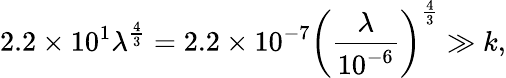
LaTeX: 2.2\times 10^{1}\lambda^{\frac{4}{3}}=2.2\times 10^{-7}\left(\frac{\lambda}{10^{-6}}\right)^{\frac{4}{3}}\gg k,